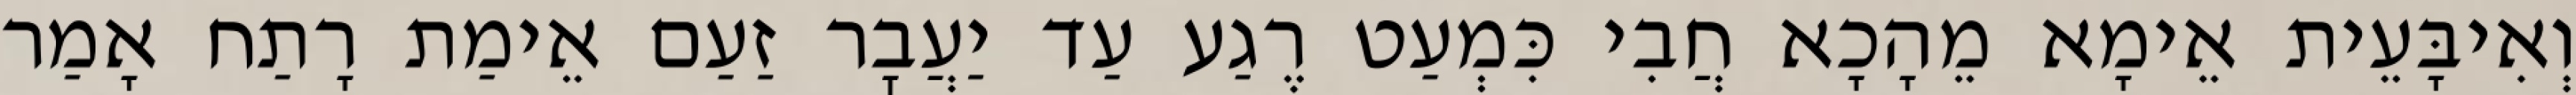
וְאִיבָּעֵית אֵימָא מֵהָכָא חֲבִי כִּמְעַט רֶגַע עַד יַעֲבׇר זַעַם אֵימַת רָתַח אָמַר